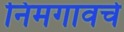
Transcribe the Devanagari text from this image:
निमगावचे